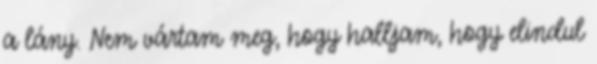
a lány. Nem vártam meg, hogy halljam, hogy elindul